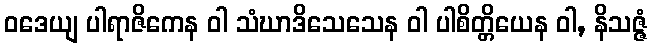
ဝဒေယျ ပါရာဇိကေန ဝါ သံဃာဒိသေသေန ဝါ ပါစိတ္တိယေန ဝါ, နိသဇ္ဇံ